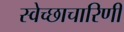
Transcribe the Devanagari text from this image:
स्वेच्छाचारिणी